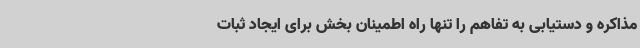
مذاکره و دستیابی به تفاهم را تنها راه اطمینان بخش برای ایجاد ثبات